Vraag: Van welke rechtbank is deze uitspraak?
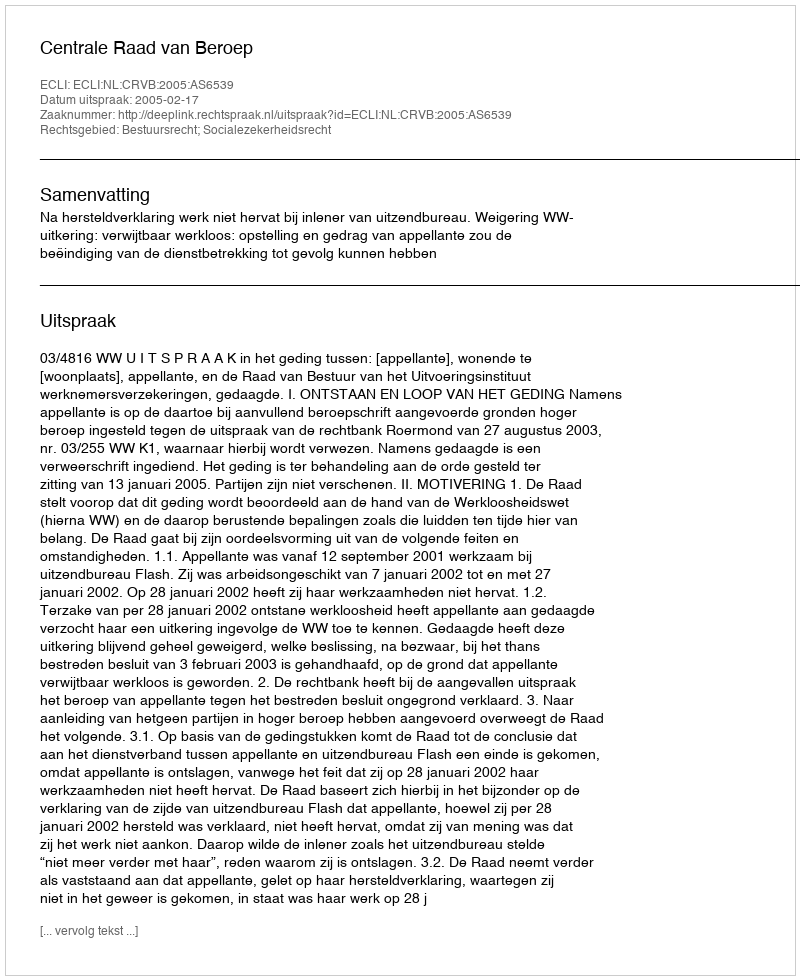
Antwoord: Centrale Raad van Beroep